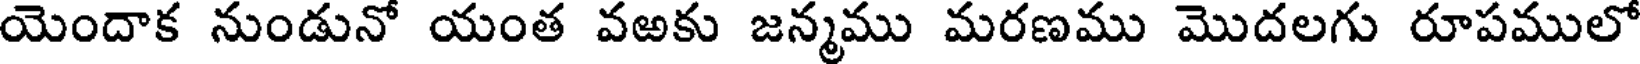
యెందాక నుండునో యంత వఱకు జన్మము మరణము మొదలగు రూపములో